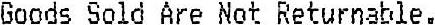
GOODS SOLD ARE NOT RETURNABLE.